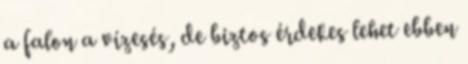
a falon a vízesés, de biztos érdekes lehet ebben